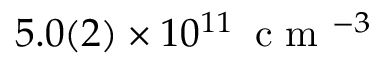
5 . 0 ( 2 ) \times 1 0 ^ { 1 1 } \, \mathrm { ~ c ~ m ~ } ^ { - 3 }